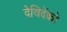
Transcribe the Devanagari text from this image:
देविदेंको